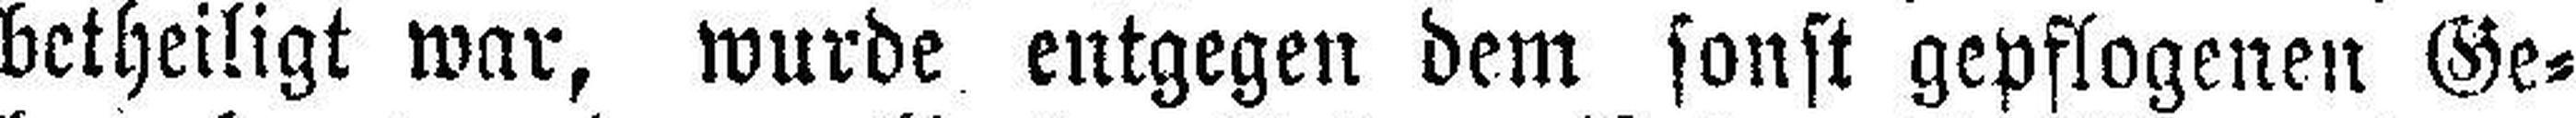
betheiligt war, wurde entgegen dem sonst gepflogenen Ge¬